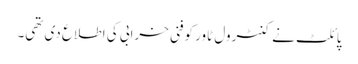
پائلٹ نے کنٹرول ٹاور کوفنی خرابی کی اطلاع دی تھی۔